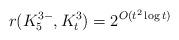
LaTeX: \begin{align*} r(K_5^{3-}, K_t^3) = 2^{O(t^2\log t)}\end{align*}